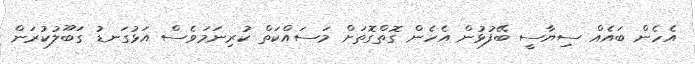
އެހެން ބައެއް ސިޔާސީ ބޭފުޅުން އެހެން ގޮތްގޮތަށް މަސައްކަތް ކުރިނަމަވެސް އަޅުގަނޑު ގަބޫލުކުރަން